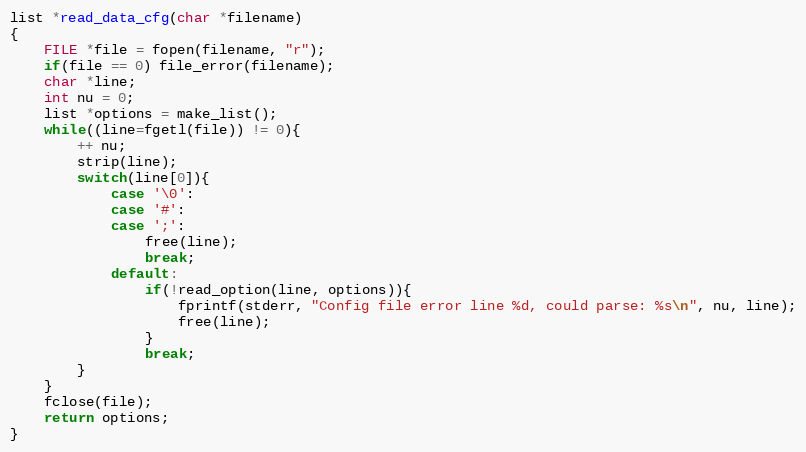
Language: C
list *read_data_cfg(char *filename)
{
    FILE *file = fopen(filename, "r");
    if(file == 0) file_error(filename);
    char *line;
    int nu = 0;
    list *options = make_list();
    while((line=fgetl(file)) != 0){
        ++ nu;
        strip(line);
        switch(line[0]){
            case '\0':
            case '#':
            case ';':
                free(line);
                break;
            default:
                if(!read_option(line, options)){
                    fprintf(stderr, "Config file error line %d, could parse: %s\n", nu, line);
                    free(line);
                }
                break;
        }
    }
    fclose(file);
    return options;
}